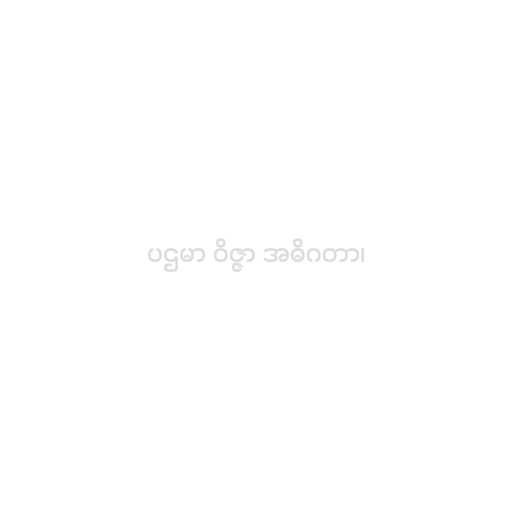
ပဌမာ ဝိဇ္ဇာ အဓိဂတာ၊